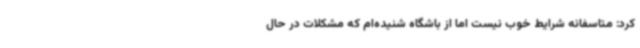
کرد: متاسفانه شرایط خوب نیست اما از باشگاه شنیده‌ام که مشکلات در حال